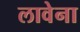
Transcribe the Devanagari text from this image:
लावेना